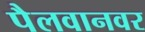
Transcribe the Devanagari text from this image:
पैलवानवर